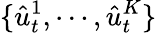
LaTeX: \{ \hat{u}_{t}^{1},\cdots,\hat{u}_{t}^{K}\}